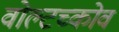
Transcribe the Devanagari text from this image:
वोल्टच्कोव